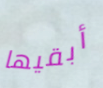
أبقيها